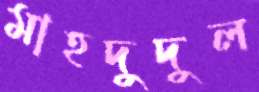
মাহদুদুল